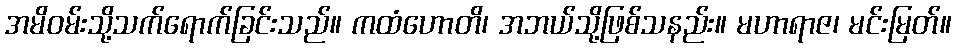
အမိဝမ်းသို့သက်ရောက်ခြင်းသည်။ ကထံဟောတိ၊ အဘယ်သို့ဖြစ်သနည်း။ မဟာရာဇ၊ မင်းမြတ်။